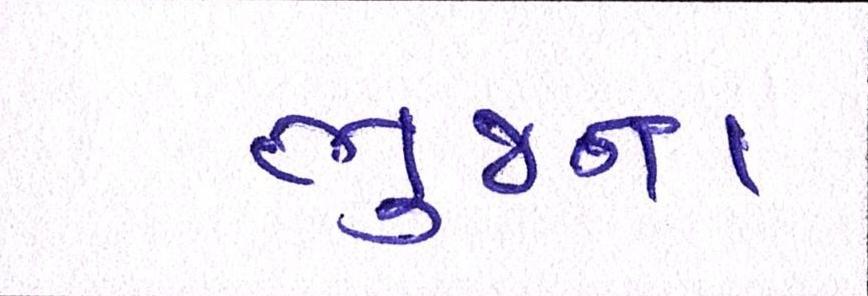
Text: ભુજના